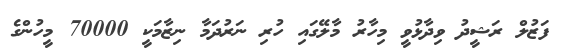
ފަޒުލް ރަޝީދު ވިދާޅުވީ މިހާރު މާލޭގައި ހުރި ނަރުދަމާ ނިޒާމަކީ 70000 މީހުންގެ